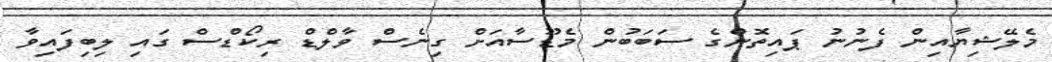
މެލޭޝިޔާއިން ފެނުނު ޕައިތޮންގެ ސަބަބުން މެޑޫސާއަށް ގިނެސް ވާލްޑް ރިކޯޑްސް ގައި ލިބިފައިވާ